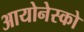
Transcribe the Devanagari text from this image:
आयोनेस्को